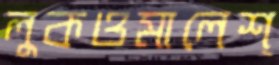
লুকওমালেশ্